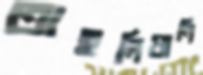
তাহলিয়ানি